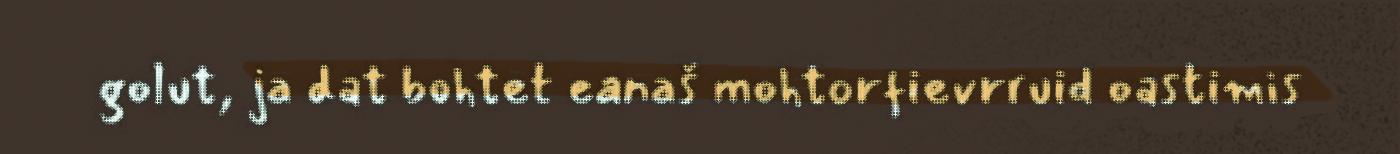
golut, ja dat bohtet eanaš mohtorfievrruid oastimis